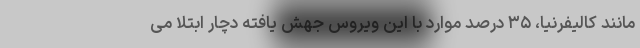
مانند کالیفرنیا، ۳۵ درصد موارد با این ویروس جهش یافته دچار ابتلا می